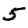
Digit: 5